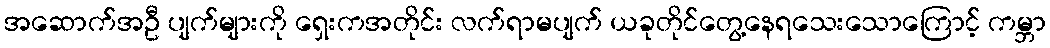
အဆောက်အဦ ပျက်များကို ရှေးကအတိုင်း လက်ရာမပျက် ယခုတိုင်တွေ့နေရသေးသောကြောင့် ကမ္ဘာ